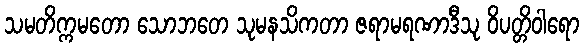
သမတိက္ကမတော သောဘတေ သုမနသိကတာ ဇရာမရဏာဒီသု ဝိပတ္တိဝါရော